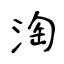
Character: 淘